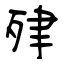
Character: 肂